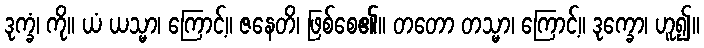
ဒုက္ခံ၊ ကို။ ယံ ယသ္မာ၊ ကြောင့်။ ဇနေတိ၊ ဖြစ်စေ၏။ တတော တသ္မာ၊ ကြောင့်။ ဒုက္ခော၊ ဟူ၍။